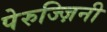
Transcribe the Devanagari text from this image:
पेरुज्ज़िनी